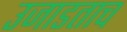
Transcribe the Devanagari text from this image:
उजाडताच